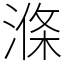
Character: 𣺢